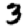
Digit: 3